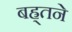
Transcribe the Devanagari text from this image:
बह्र्तने